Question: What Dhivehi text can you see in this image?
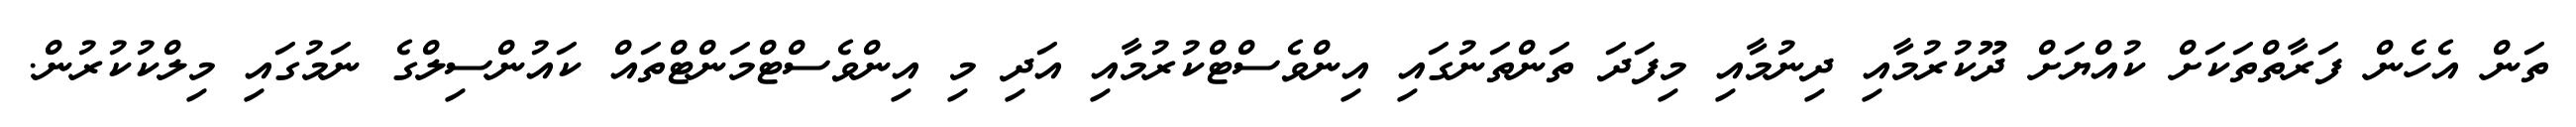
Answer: ތަން އެހެން ފަރާތްތަކަށް ކުއްޔަށް ދޫކުރުމާއި ދިނުމާއި މިފަދަ ތަންތަނުގައި އިންވެސްޓްކުރުމާއި އަދި މި އިންވެސްޓްމަންޓްތައް ކައުންސިލްގެ ނަމުގައި މިލްކުކުރުން.